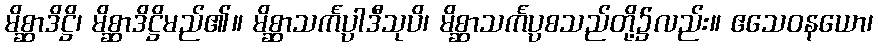
မိစ္ဆာဒိဋ္ဌိ၊ မိစ္ဆာဒိဋ္ဌိမည်၏။ မိစ္ဆာသင်္ကပ္ပါဒီသုပိ၊ မိစ္ဆာသင်္ကပ္ပစသည်တို့၌လည်း။ ဧသေဝနယော၊